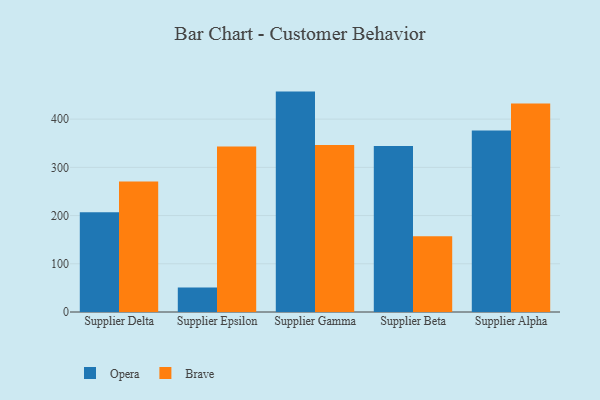
{"axis": {"x": "Supplier", "y": "Customer Acquisition Cost (USD)"}, "legend": ["Brave", "Opera"], "data": [{"x": "Supplier Delta", "y": 206.9, "type": "Opera"}, {"x": "Supplier Delta", "y": 270.9, "type": "Brave"}, {"x": "Supplier Epsilon", "y": 50.9, "type": "Opera"}, {"x": "Supplier Epsilon", "y": 343.0, "type": "Brave"}, {"x": "Supplier Gamma", "y": 457.1, "type": "Opera"}, {"x": "Supplier Gamma", "y": 346.6, "type": "Brave"}, {"x": "Supplier Beta", "y": 344.2, "type": "Opera"}, {"x": "Supplier Beta", "y": 157.0, "type": "Brave"}, {"x": "Supplier Alpha", "y": 376.6, "type": "Opera"}, {"x": "Supplier Alpha", "y": 432.3, "type": "Brave"}]}